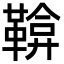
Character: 鞥